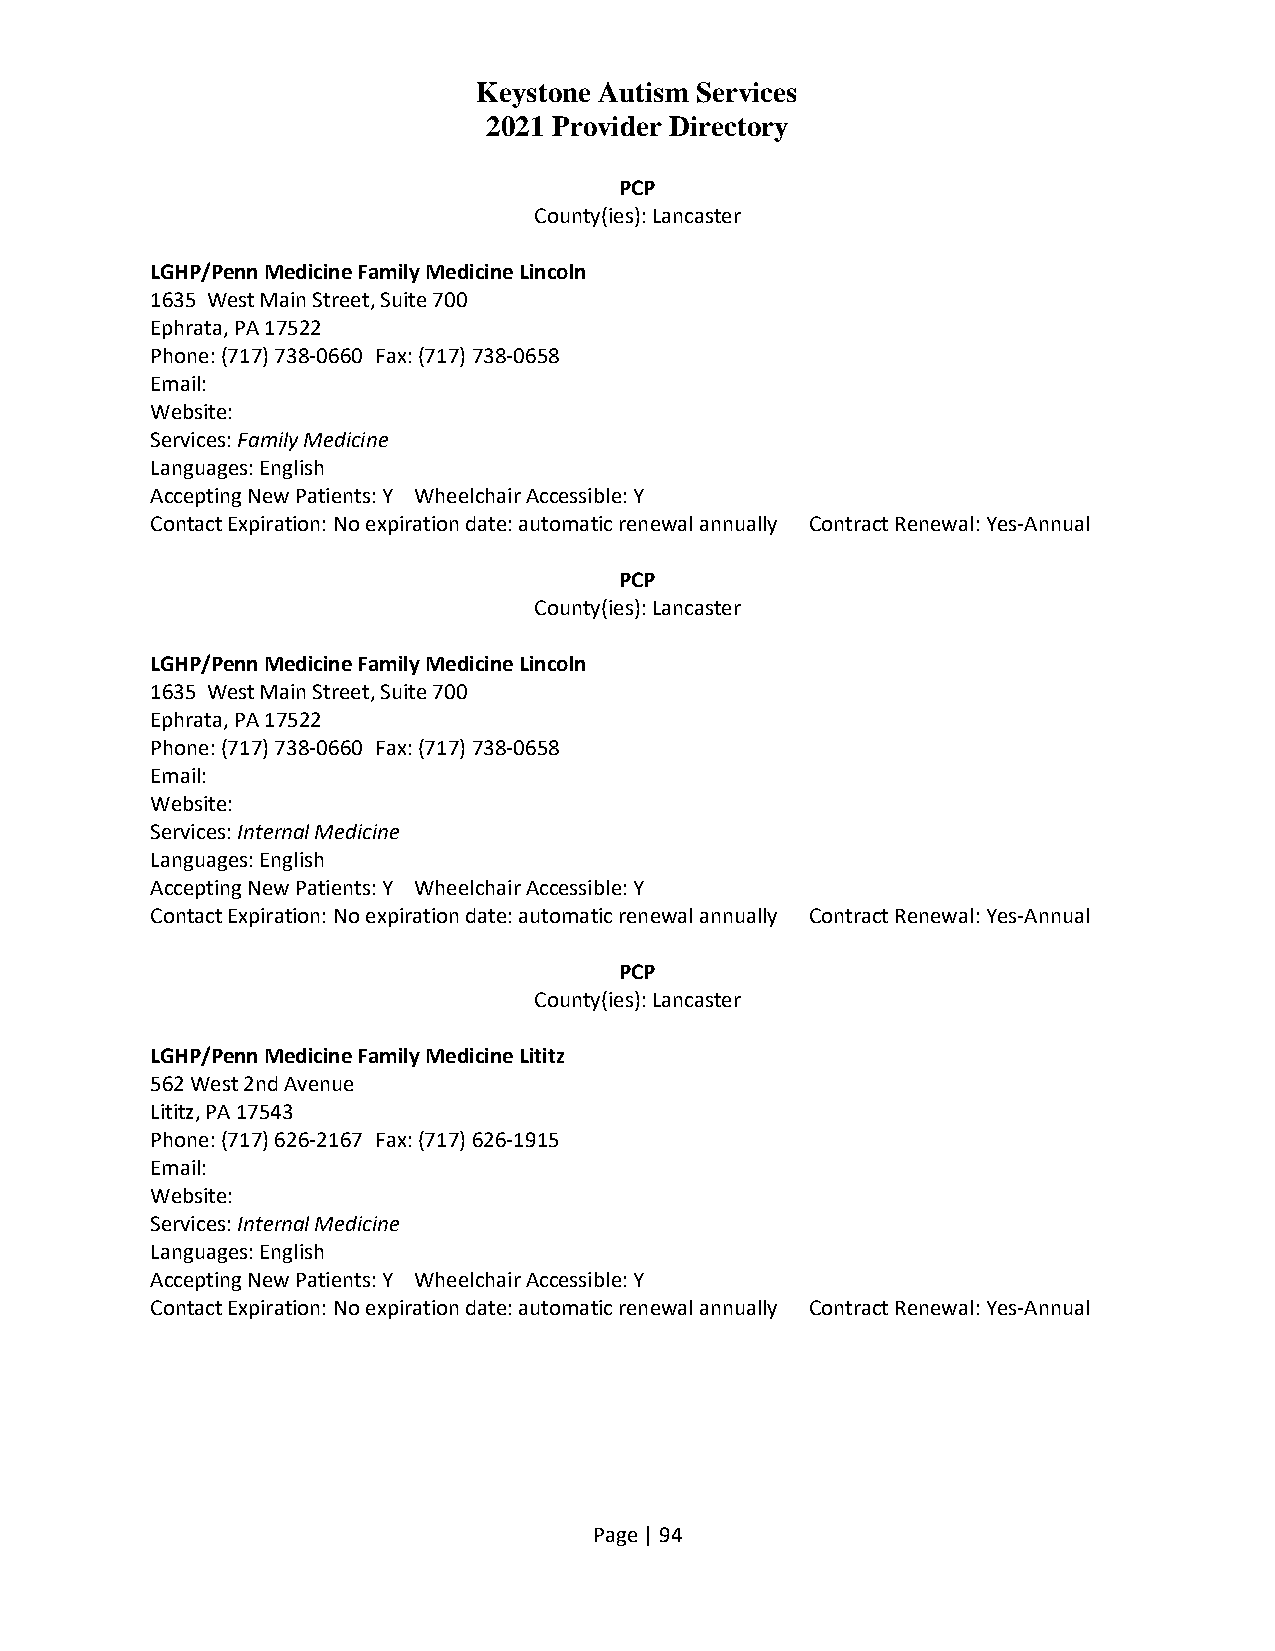
Keystone Autism Services
 2021 Provider Directory
 PCP
 County(ies): Lancaster
 LGHP/Penn Medicine Family Medicine Lincoln
 1635 West Main Street, Suite 700
 Ephrata, PA 17522
 Phone: (717) 738-0660 Fax: (717) 738-0658
 Email:
 Website:
 Services: Family Medicine
 Languages: English
 Accepting New Patients: Y Wheelchair Accessible: Y
 Contact Expiration: No expiration date: automatic renewal annually Contract Renewal: Yes-Annual
 PCP
 County(ies): Lancaster
 LGHP/Penn Medicine Family Medicine Lincoln
 1635 West Main Street, Suite 700
 Ephrata, PA 17522
 Phone: (717) 738-0660 Fax: (717) 738-0658
 Email:
 Website:
 Services: Internal Medicine
 Languages: English
 Accepting New Patients: Y Wheelchair Accessible: Y
 Contact Expiration: No expiration date: automatic renewal annually Contract Renewal: Yes-Annual
 PCP
 County(ies): Lancaster
 LGHP/Penn Medicine Family Medicine Lititz
 562 West 2nd Avenue
 Lititz, PA 17543
 Phone: (717) 626-2167 Fax: (717) 626-1915
 Email:
 Website:
 Services: Internal Medicine
 Languages: English
 Accepting New Patients: Y Wheelchair Accessible: Y
 Contact Expiration: No expiration date: automatic renewal annually Contract Renewal: Yes-Annual
 Page | 94